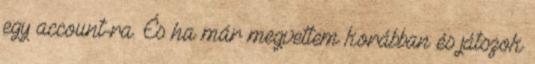
egy account-ra. És ha már megvettem korábban és játszok